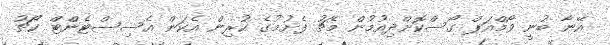
އޭނާ ބުނީ ވޯމްއަޕް ގޯސްކޮށްދިއުމުން މެޗު ފެށުމުގެ ކުރިން އެކަން އެސިސްޓެންޓް ކޯޗު